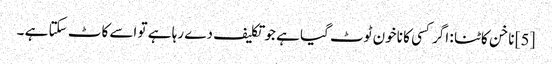
[5] ناخن کاٹنا : اگر کسی کا ناخون ٹوٹ گیا ہے جو تکلیف دے رہا ہے تو اسے کاٹ سکتا ہے ۔